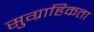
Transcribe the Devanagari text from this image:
सुग्राहिकता